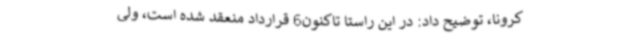
کرونا، توضیح داد: در این راستا تاکنون6 قرارداد منعقد شده است، ولی